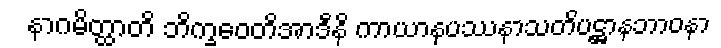
နာဂမိတ္ထာတိ ဘိက္ခဝေတိအာဒီနိ ကာယာနုပဿနာသတိပဋ္ဌာနဘာဝနာ